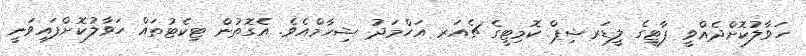
ހަވާލުކޮށްދެއްވީ ޕާޓީގެ ލީޑަރޝިޕް ކޮމިޓީގެ ޗެއަރ އަހްމަދު ޝިހާމްއެވެ. އެގޮތުން ޓިކެޓުތައް ހަވާލުކޮށްފައިވަނީ